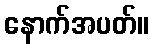
နောက်အပတ်။